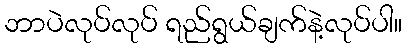
ဘာပဲလုပ်လုပ် ရည်ရွယ်ချက်နဲ့လုပ်ပါ။